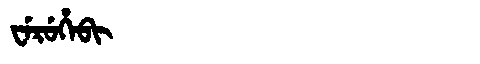
Manchu: ᠸᡝᡵᡠᡥᡝᠪᡳ
Romanization: WERUHEBI